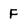
Character: F